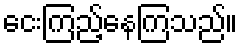
ငေးကြည့်နေကြသည်။